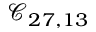
\mathcal { C } _ { 2 7 , 1 3 }